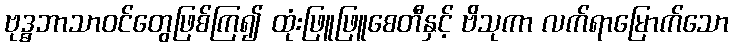
ဗုဒ္ဓဘာသာဝင်တွေဖြစ်ကြ၍ ထုံးဖြူဖြူစေတီနှင့် ဗိသုကာ လက်ရာမြောက်သော